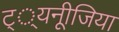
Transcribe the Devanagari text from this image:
ट््यनूीजिया